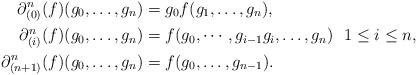
LaTeX: \begin{align*}\partial_{(0)}^n(f)(g_0,\dots,g_n)&=g_0f(g_1,\dots,g_n),\\\partial_{(i)}^n(f)(g_0,\dots,g_n)&=f(g_0,\cdots,g_{i-1}g_i,\dots,g_n)~~1\leq i\leq n,\\\partial_{(n+1)}^n(f)(g_0,\dots,g_n)&=f(g_0,\dots,g_{n-1}).\end{align*}